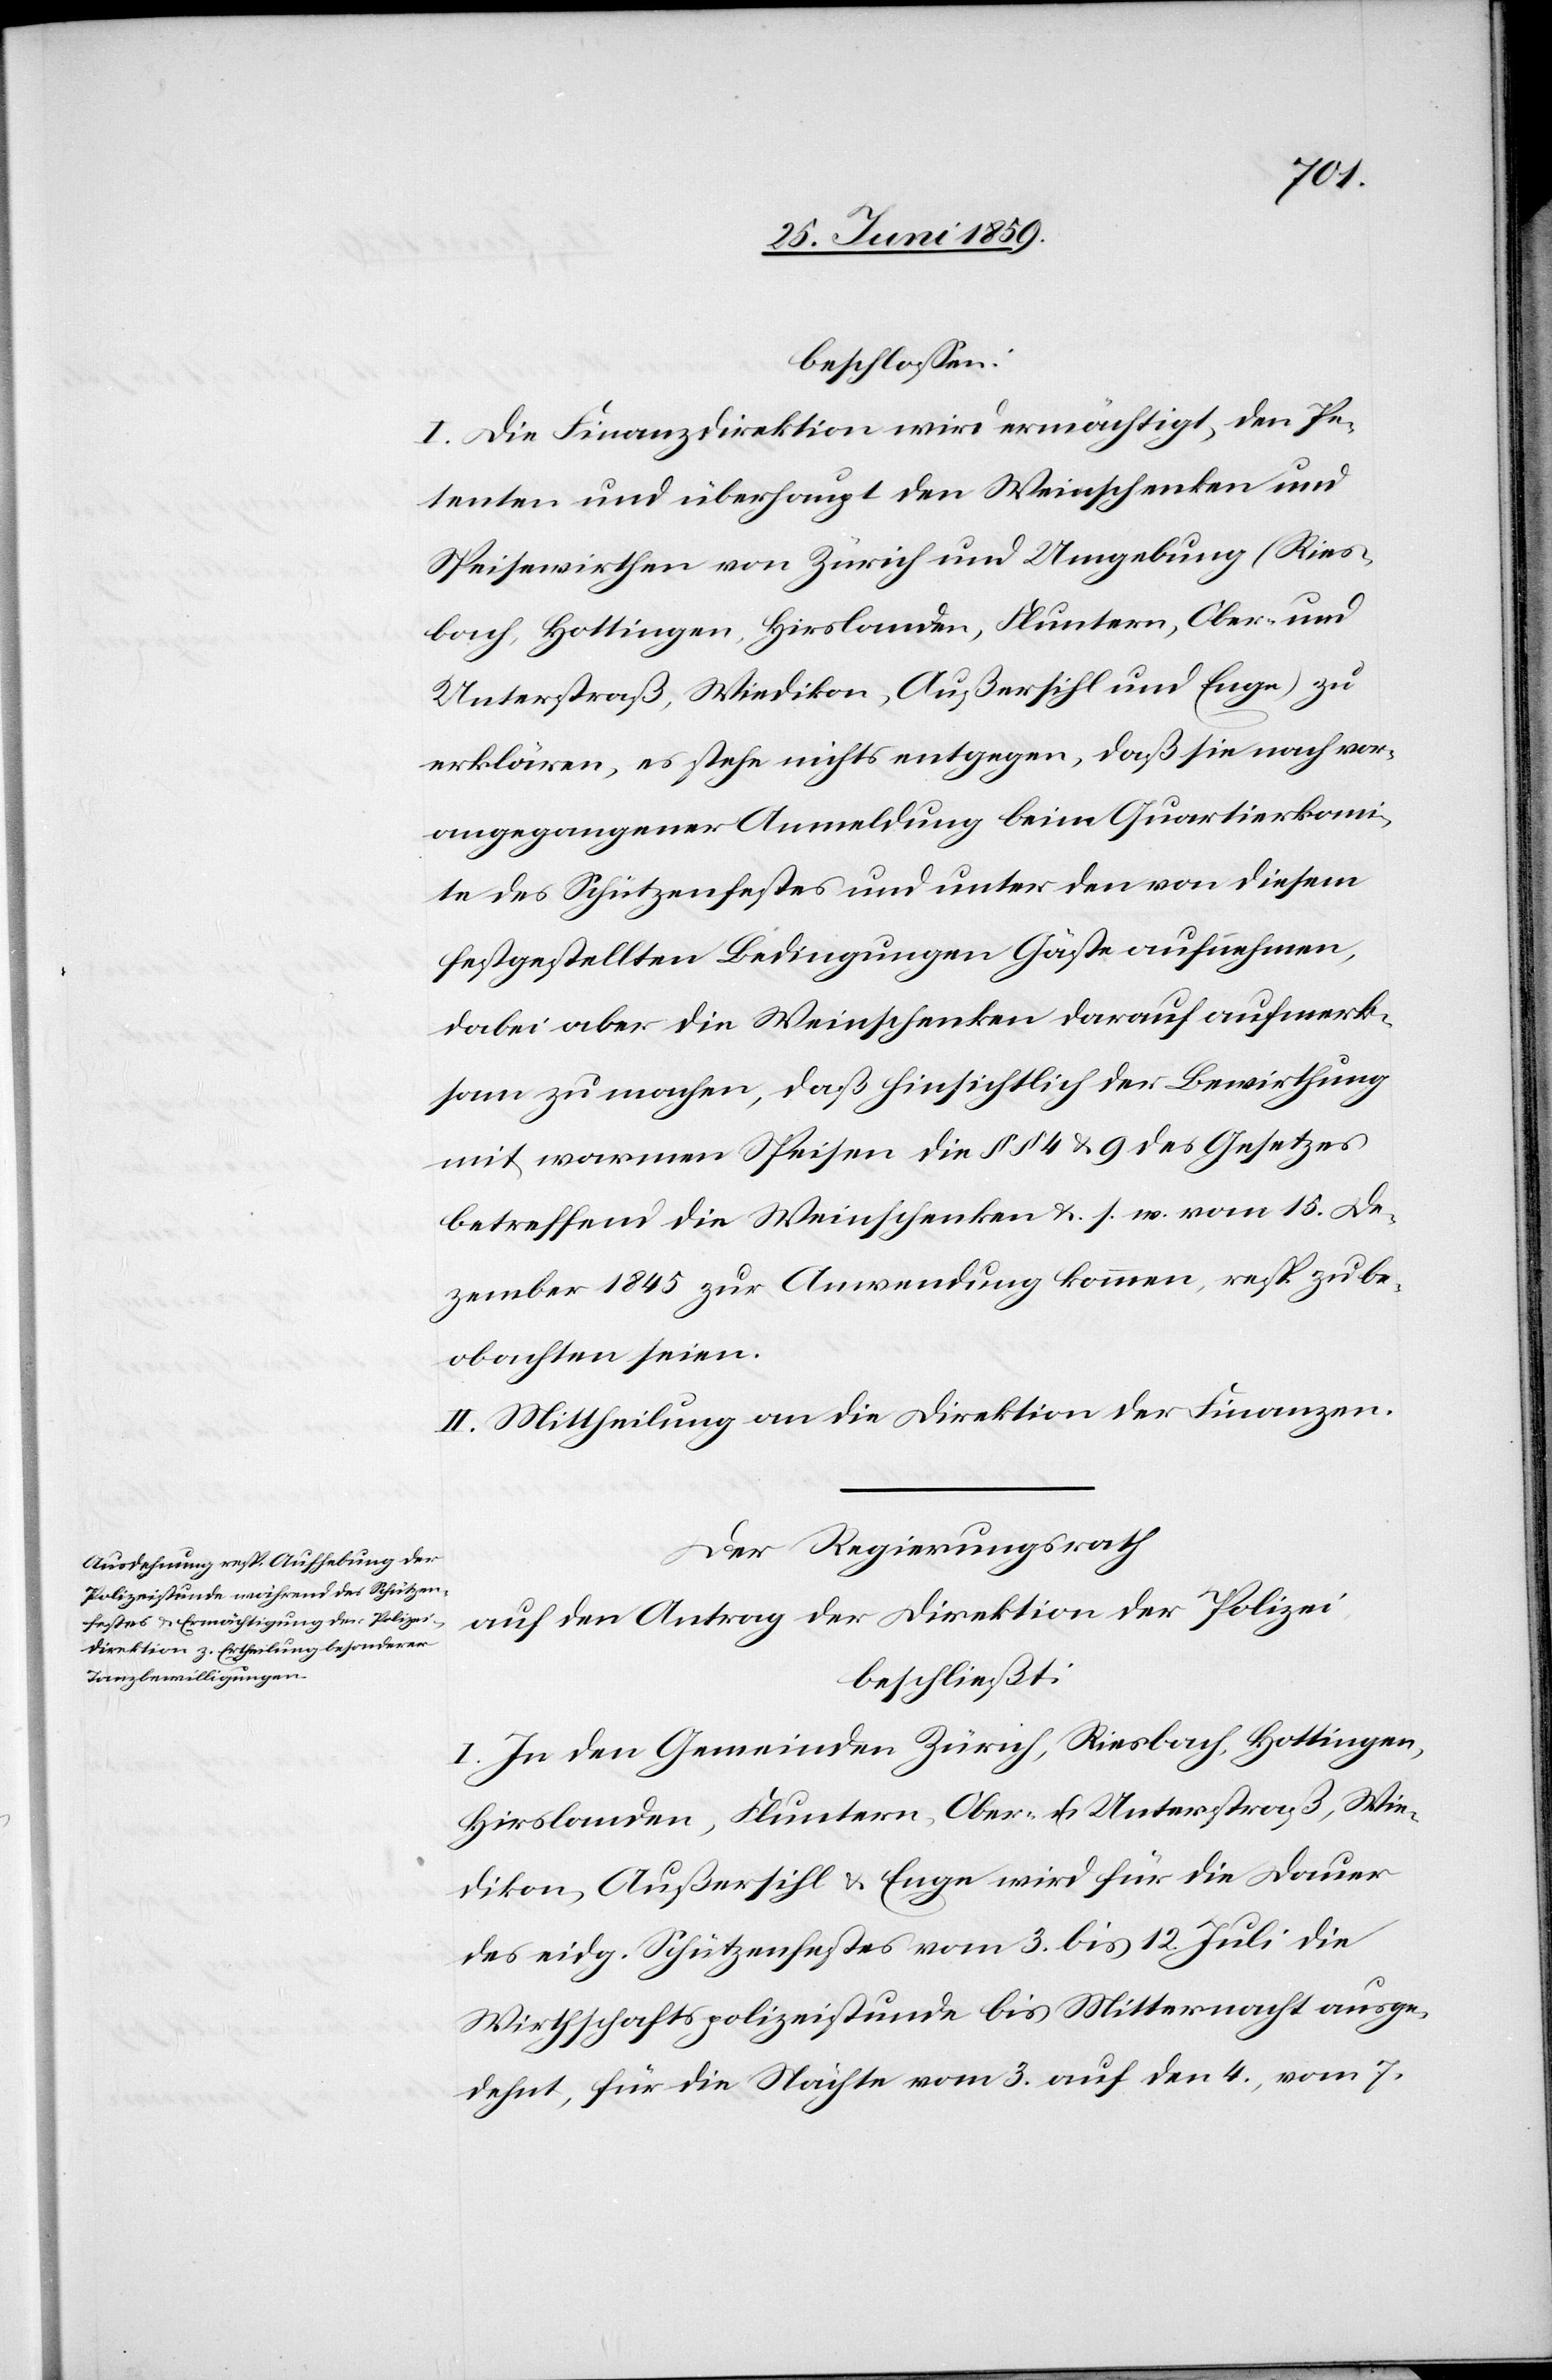
beschlossen:
I. Die Finanzdirektion wird ermächtigt, den Pe¬
tenten und überhaupt den Weinschenken und
Speisewirthen von Zürich und Umgebung (Ries¬
bach, Hottingen, Hirslanden, Fluntern, Ober- und
Unterstraß, Wiedikon, Außersihl und Enge) zu
erklären, es stehe nichts entgegen, daß sie nach vor¬
angegangener Anmeldung beim Quartierkomi¬
te des Schützenfestes und unter den von diesem
festgestellten Bedingungen Gäste aufnehmen,
dabei aber die Weinschenken darauf aufmerk¬
sam zu machen, daß hinsichtlich der Bewirthung
mit warmen Speisen die §§ 4 & 9 des Gesetzes
betreffend die Weinschenken u. s. w. vom 15. De¬
zember 1845 zur Anwendung kommen, resp zu be¬
obachten seien.
II. Mittheilung an die Direktion der Finanzen.
Der Regierungsrath
auf den Antrag der Direktion der Polizei
beschließt:
I. In den Gemeinden Zürich, Riesbach, Hottingen,
Hirslanden, Fluntern, Ober- u. Unterstraß, Wie¬
dikon, Außersihl u. Enge wird für die Dauer
des eidg. Schützenfestes vom 3. bis 12. Juli die
Wirthschaftspolizeistunde bis Mitternacht ausge¬
dehnt, für die Nächte vom 3. auf den 4., vom 7.